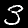
Label: 3